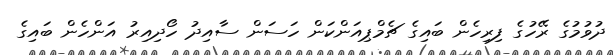
ދުވުމުގެ ރޭހުގެ ފިރިހެން ބައިގެ ޗެމްޕިއަންކަން ހަސަން ސާއިދު ހޯދިއިރު އަންހެން ބައިގެ